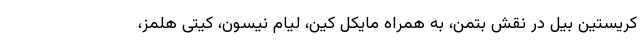
کریستین بیل در نقش بتمن، به همراه مایکل کین، لیام نیسون، کیتی هلمز،